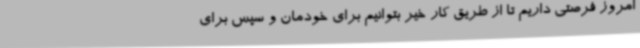
امروز فرصتی داریم تا از طریق کار خیر بتوانیم برای خودمان و سپس برای